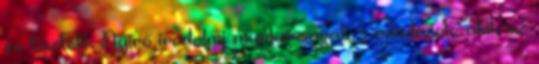
és tisztelik Nyirő irodalmi munkásságát, s mindazok, akik az